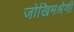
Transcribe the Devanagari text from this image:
जोखिमश्रेणी